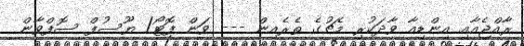
ރާއްޖެއާއި އިންޑިއާ ވާދަކުރި މެޗުގެ ތެރެއިން --- ވަން ފޮޓޯ/ ޔޫސުފް ސޮފްވާން